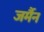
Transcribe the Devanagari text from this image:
जर्मैन